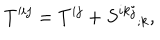
LaTeX: T ^ { \prime i j } = T ^ { i j } + S ^ { i k j } { } _ { ; k } ,